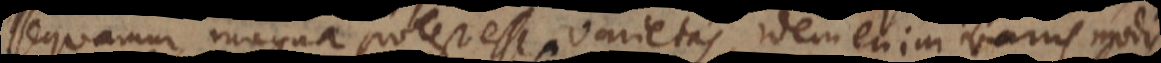
sequamur, magna potest esse varietas, idem enim variis modis